Vaccination in Bombay 1869-1873 - 1869-1873
Year: 1869
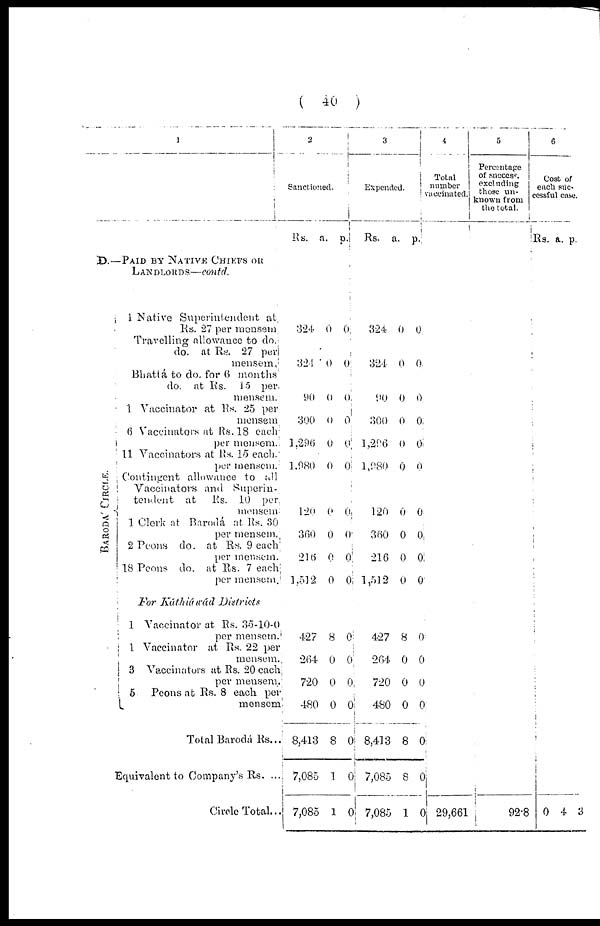
(
40
)
1
B.—PAID BY NATIVE CHIEFS OR
LANDLORDS—contd.
BARODA' CIRCLE.
1 Native Superintendent at.
Rs. 27 per mensem
Travelling allowance to do.
do. at Rs. 27 per
mensem.
Bhattá to do. for 6 months
do. at Rs. 15 per.
mensem.
1 Vaccinator at Rs. 25 per
mensem.
6 Vaccinators at Rs. 18 each
per mensem.
11 Vaccinators at Rs. 15 each.
per mensem.
Contingent allowance to all
Vaccinators and Superin¬
tendent at
Rs. 10 per.
mensem
1 Clerk at Barodá at Rs. 30
per mensem.
2 Peons do. at Rs. 9 each
per mensem.
18 Peons do. at Rs. 7 each
per mensem.
For Káthiáwád
Districts
1 Vaccinator at Rs. 35-10-0
per mensem.
1 Vaccinator at Rs. 22 per
mensem.
3 Vaccinators at Rs. 20 each
per mensem.
5
Peons at Rs. 8 each per
mensem.
Total Barodá Rs...
Equivalent to Company's Rs. ....
Circle Total...
2
Sanctioned.
Rs. a. p.
324
324
90
300
1,296
1,980
120
360
216
1,512
0
0
0
0
0
0
0
0
0
0
0
0
0
0
0
0
0
0
0
0
427
264
720
480
8,413
7,085
7,085
8
0
0
0
8
1
1
0
0
0
0
0
0
0
3
Expended.
Rs. a. p.
324
324
90
300
1,296
1 ,980
120
360
216
1,512
0
0
0
0
0
0
0
0
0
0
0
0
0
0
0
0
0
0
0
0
427
264
720
480
8,413
7,085
7,085
8
0
0
0
8
8
1
0
0
0
0
0
0
0
4
Total
number
vaccinated.
29,661
5
Percentage
of success
excluding
those un-
known from
the total.
92.8
6
Cost of
each suc¬
cessful case.
Rs. a. p.
0 4 3